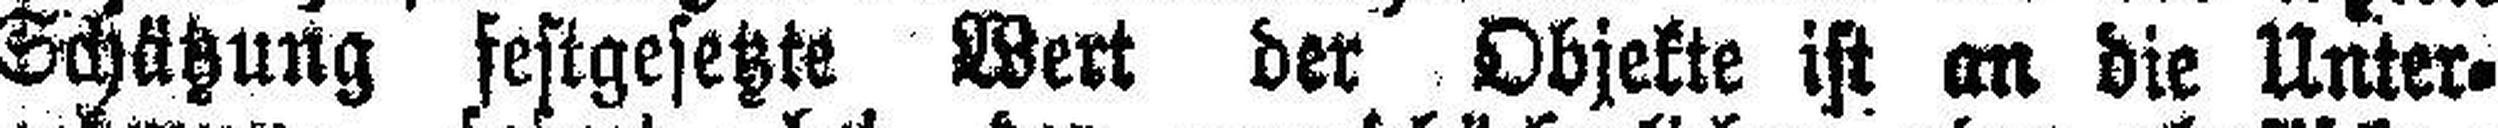
Schätzung festgesetzte Wert der Objekte ist an die Unter¬